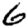
Digit: 6